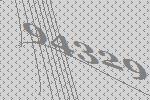
94329